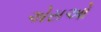
એસઓ